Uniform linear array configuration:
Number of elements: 48
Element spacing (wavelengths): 1
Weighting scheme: hamming
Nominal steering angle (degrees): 0
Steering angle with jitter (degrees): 0.02621
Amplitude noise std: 0.05
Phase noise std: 0.05

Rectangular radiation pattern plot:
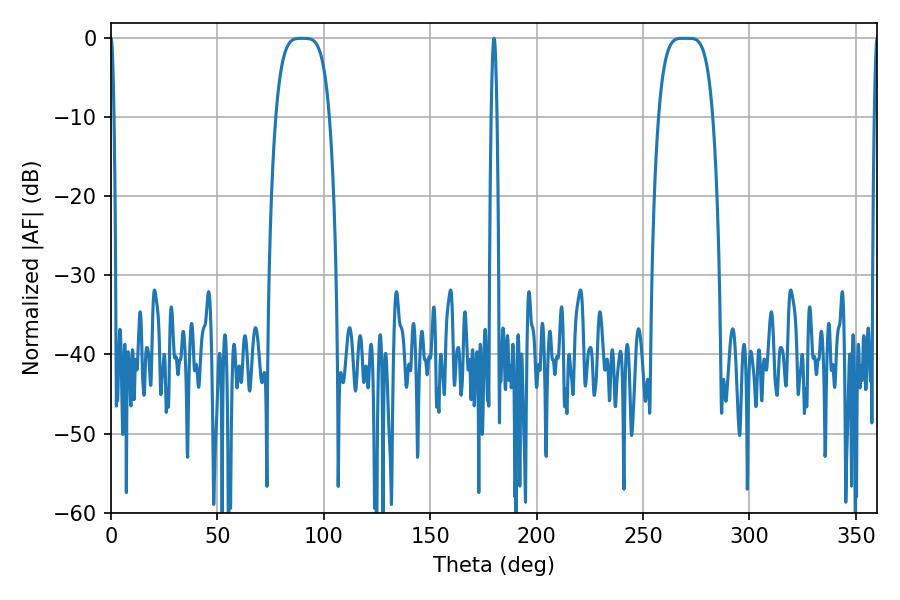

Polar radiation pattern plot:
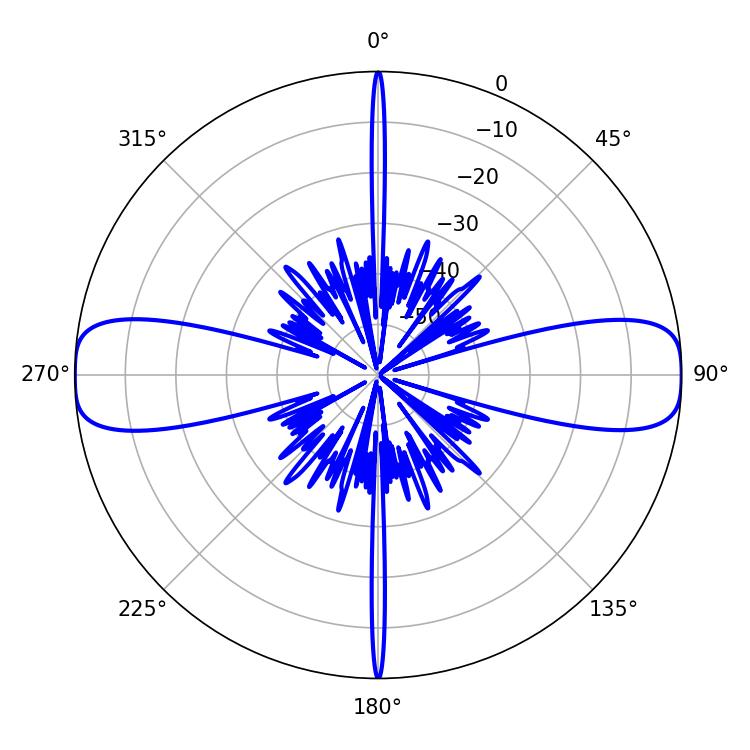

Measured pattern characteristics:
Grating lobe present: TRUE
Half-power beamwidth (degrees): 19.08
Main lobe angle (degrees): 268.56